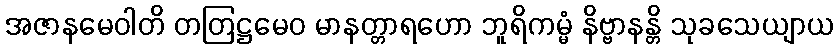
အဇာနမေဝါတိ တတြဋ္ဌမေဝ မာနတ္တာရဟော ဘူရိကမ္မံ နိဗ္ဗာနန္တိ သုခသေယျာယ